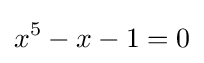
x^{5}-x-1=0